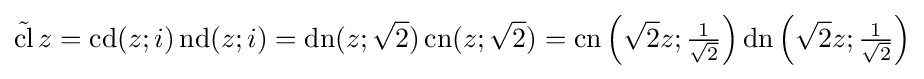
{\tilde {\operatorname {cl} }}\,z=\operatorname {cd} (z;i)\operatorname {nd} (z;i)=\operatorname {dn} (z;{\sqrt {2}})\operatorname {cn} (z;{\sqrt {2}})=\operatorname {cn} \left({\sqrt {2}}z;{\tfrac {1}{\sqrt {2}}}\right)\operatorname {dn} \left({\sqrt {2}}z;{\tfrac {1}{\sqrt {2}}}\right)